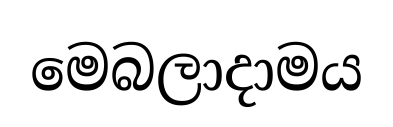
මෙබලාදාමය